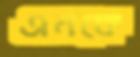
এনকে